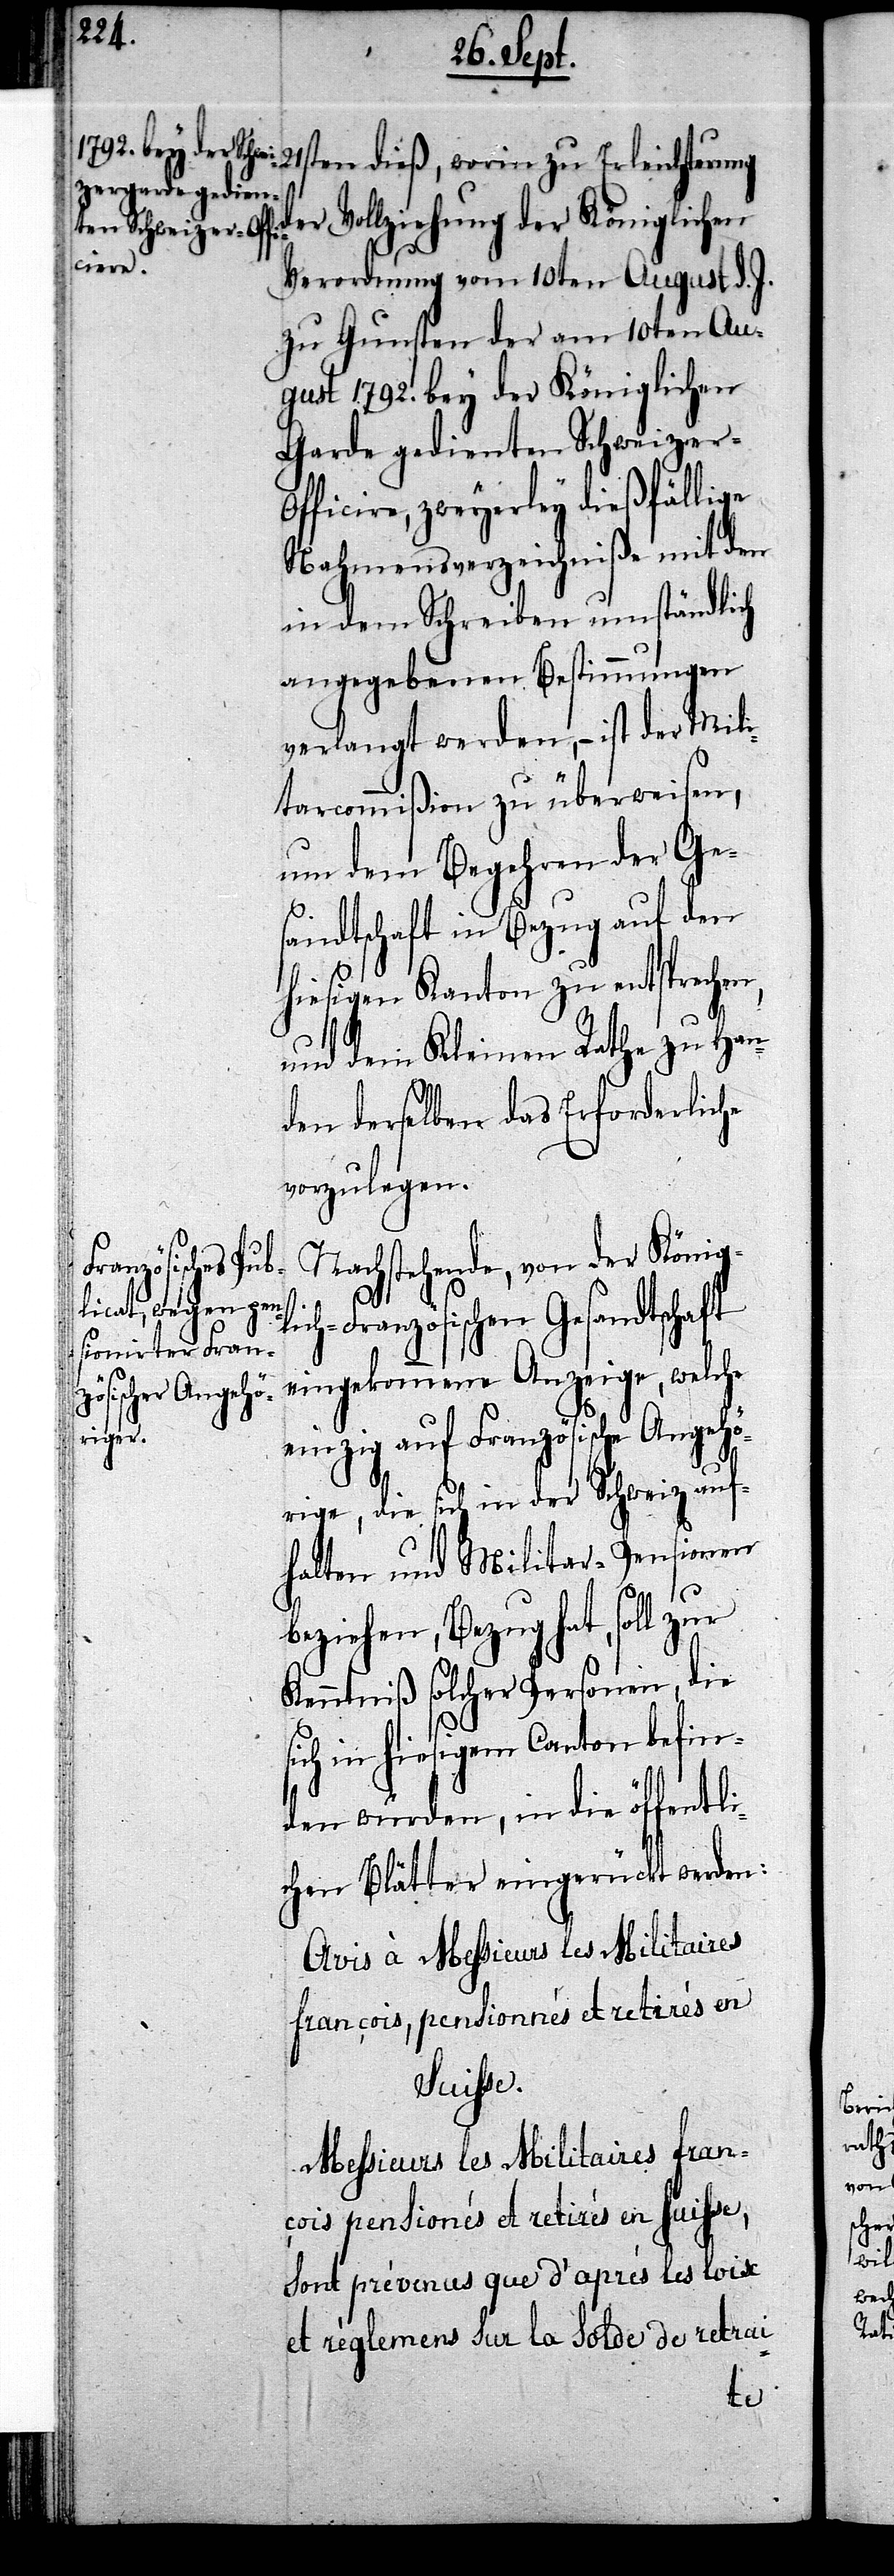
21sten dieß, worin zu Erleichterung
der Vollziehung der Königlichen
Verordnung vom 10ten August d. J.
zu Gunsten der am 10ten Au¬
gust 1792. bey der Königlichen
Garde gedienten Schweizer-O¬
fficiere, zweyerley dießfällige
Nahmensverzeichniße mit den
in dem Schreiben umständlich
angegebenen Bestimmungen
verlangt werden, – ist der Mili¬
tarcommißion zu überweisen,
um dem Begehren der Ge¬
sandtschaft in Bezug auf den
hiesigen Kanton zu entsprechen,
und dem Kleinen Rathe zu Han¬
den derselben das Erforderliche
vorzulegen.
Nachstehende, von der Königl¬
ich-Französischen Gesandtschaft
eingekommene Anzeige, welche
einzig auf Französische Angehö¬
rige, die sich in der Schweiz auf¬
halten und Militar-Pensionen
beziehen, Bezug hat, soll zur
Kenntniß solcher Personen, die
sich in hiesigem Canton befin¬
den würden, in die öffentli¬
chen Blätter eingerückt werden:
Avis à Messieurs les Militaires
françois, pensionnés et retirés en
Suisse.
Messieurs les Militaires franç¬
ois pensionés et retirés en Suisse,
sont prévenus que d’après les loix
et règlemens sur la solde de retrai-